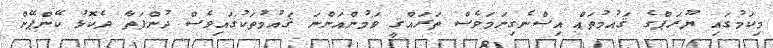
މިކަމުގައި ޔޫރަޕްގެ ޤައުމުތައް އިސްނެގިނަމަވެސް ތަރައްޤީ ވަމުންއަންނަ ޤައުމުތަކުގައިވެސް ދުންފަތާ ދެކޮޅު ކޭންޕޭން